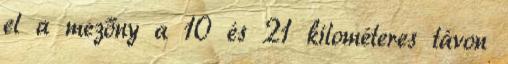
el a mezőny a 10 és 21 kilométeres távon